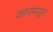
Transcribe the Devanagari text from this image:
कानामागून